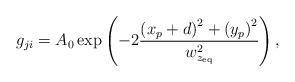
LaTeX: \begin{align*}g_{ji} = A_0\exp\left(-2\frac{\left(x_p+d\right)^2+\left(y_p\right)^2}{w_{z_{\rm eq}}^2} \right),\end{align*}